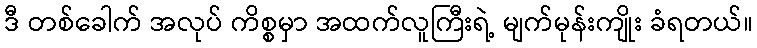
ဒီ တစ်ခေါက် အလုပ် ကိစ္စမှာ အထက်လူကြီးရဲ့ မျက်မုန်းကျိုး ခံရတယ်။